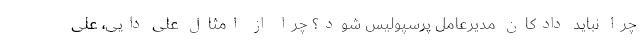
چرا نباید دادکان مدیرعامل پرسپولیس شود؟ چرا از امثال علی دایی، علی